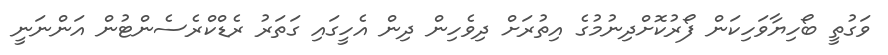
ވަގުތީ ބޯހިޔާވަހިކަން ފޯރުކޮށްދިނުމުގެ އިތުރަށް ދިވެހިން ދިން އެހީގައި ގަތަރު ރެޑްކްރެސެންޓުން އަންނަނީ